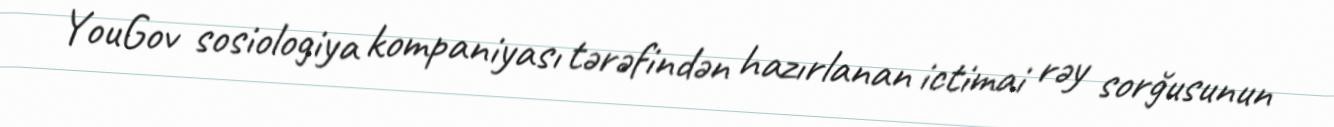
YouGov sosiologiya kompaniyası tərəfindən hazırlanan ictimai rəy sorğusunun